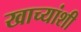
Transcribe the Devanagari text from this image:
खाच्यांशी